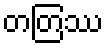
တတြဿ